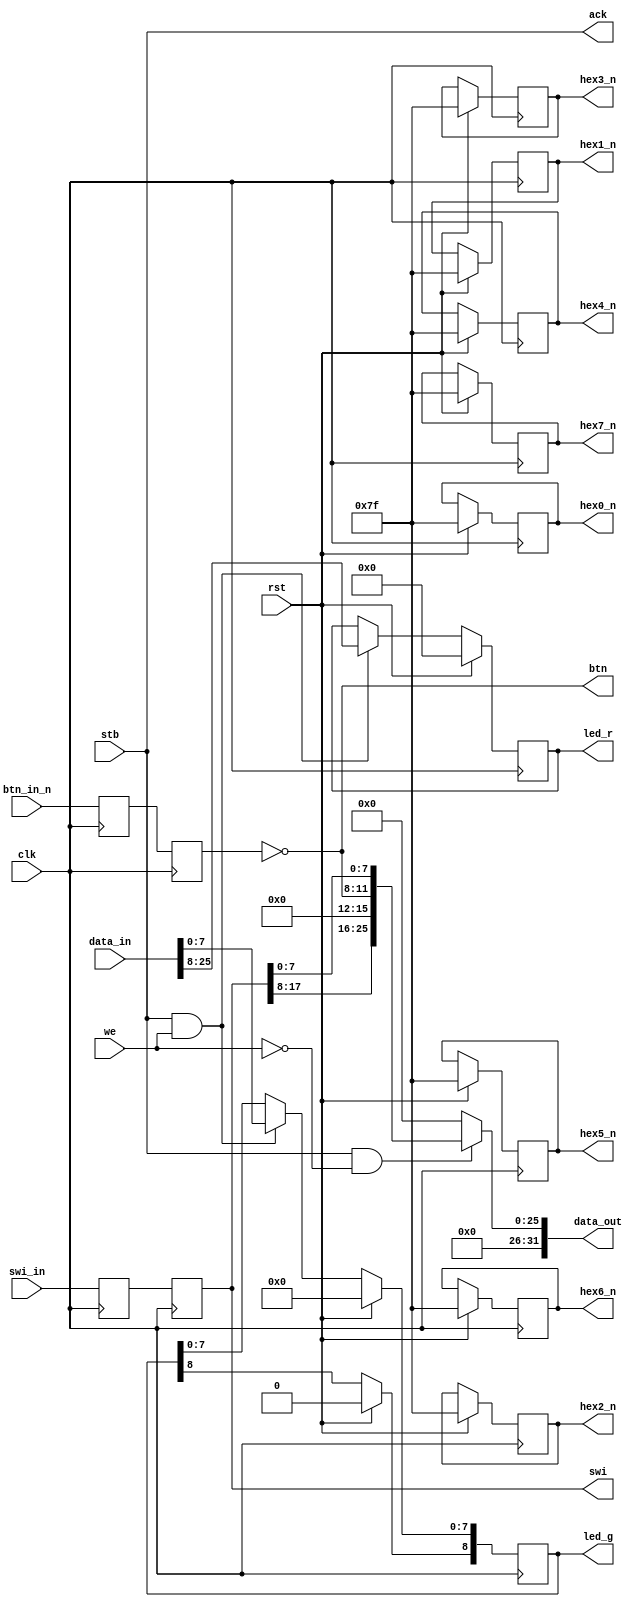
/**
  LSB: LEDs, Switches, Buttons
  --
  Architecture: THM
  --
  Based on THM bio.v
  --
  Seven segment display not accessible
  --
  data_in [25:0]:
    [7:0]: green LEDs (8 of 9 total)
    [25:8]: red LEDs
  --
  2023 Gray, gray@grayraven.org
  https://oberon-rts.org/licences
  * all buttons handled here, incl. reset
  * change output data to align the "higher" switches with bit 16
  * enable red LEDs
  * add output wires for buttons and switches
**/

`timescale 1ns / 1ps
`default_nettype none

module lsb(
  // internal interface
  input clk,
  input rst,
  input stb,
  input we,
  input [25:0] data_in,
  output [31:0] data_out,
  output ack,
  // external interface,
  input [3:0] btn_in_n,
  input [17:0] swi_in,
  output reg [8:0] led_g,
  output reg [17:0] led_r,
  output reg [6:0] hex7_n,
  output reg [6:0] hex6_n,
  output reg [6:0] hex5_n,
  output reg [6:0] hex4_n,
  output reg [6:0] hex3_n,
  output reg [6:0] hex2_n,
  output reg [6:0] hex1_n,
  output reg [6:0] hex0_n,
  output [3:0] btn,
  output [17:0] swi
);

  wire wr_data = stb & we;
  wire rd_data = stb & ~we;

  reg [3:0] btn_p_n;
  reg [3:0] btn_s_n;
  reg [17:0] swi_p;
  reg [17:0] swi_s;

  always @(posedge clk) begin
    if (rst) begin
      led_g[8:0] <= 9'h0;
      led_r[17:0] <= 18'h0;
      hex7_n[6:0] <= ~7'h0;
      hex6_n[6:0] <= ~7'h0;
      hex5_n[6:0] <= ~7'h0;
      hex4_n[6:0] <= ~7'h0;
      hex3_n[6:0] <= ~7'h0;
      hex2_n[6:0] <= ~7'h0;
      hex1_n[6:0] <= ~7'h0;
      hex0_n[6:0] <= ~7'h0;
    end else begin
      if (wr_data) begin
        led_g[7:0] <= data_in[7:0];
        led_r[17:0] <= data_in[25:8];
      end
    end
  end

  always @(posedge clk) begin
    btn_p_n[3:0] <= btn_in_n[3:0];
    btn_s_n[3:0] <= btn_p_n[3:0];
    swi_p[17:0] <= swi_in[17:0];
    swi_s[17:0] <= swi_p[17:0];
  end

  assign btn[3:0] = ~btn_s_n[3:0];
  assign swi[17:0] = swi_s[17:0];

  assign data_out[31:0] =
    rd_data ? {6'b0, swi[17:8], 4'b0, btn[3:0], swi[7:0]} :
    32'b0;

  assign ack = stb;

endmodule